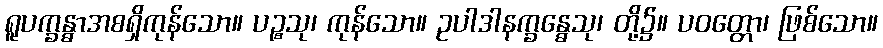
ရူပက္ခန္ဓာအစရှိကုန်သော။ ပဉ္စသု၊ ကုန်သော။ ဥပါဒါနက္ခန္ဓေသု၊ တို့၌။ ပဝတ္တော၊ ဖြစ်သော။